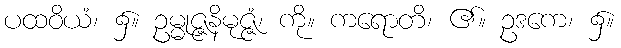
ပထဝိယံ၊ ၌။ ဥမ္မုဇ္ဇနိမုဇ္ဇံ၊ ကို။ ကရောတိ၊ ၏။ ဥဒကေ၊ ၌။